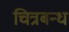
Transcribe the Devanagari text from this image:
चित्रबन्ध